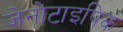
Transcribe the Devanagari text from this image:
जेनोटाइपिक